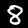
Digit: 8